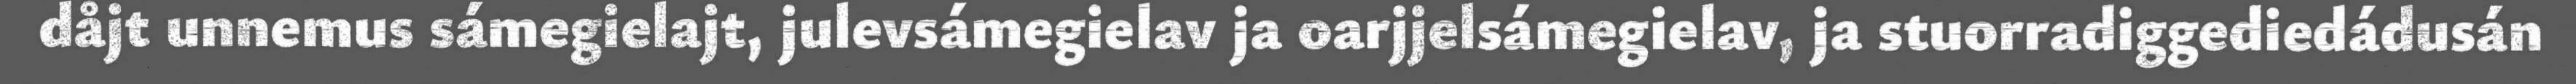
dåjt unnemus sámegielajt, julevsámegielav ja oarjjelsámegielav, ja stuorradiggediedádusán